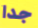
جدا